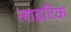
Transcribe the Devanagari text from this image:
लाइटिक